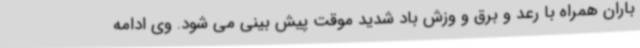
باران همراه با رعد و برق و وزش باد شدید موقت پیش بینی می شود. وی ادامه